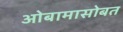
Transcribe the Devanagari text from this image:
ओबामासोबत